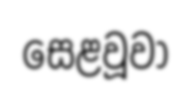
සෙළවූවා